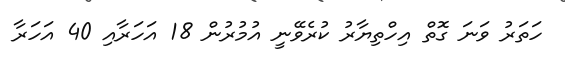
ހަތަރު ވަނަ ގޮތް އިހްތިޔާރު ކުރެވޭނީ އުމުރުން 18 އަހަރާއި 40 އަހަރާ